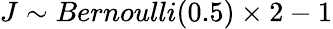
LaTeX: J\sim Bernoulli(0.5)\times 2-1